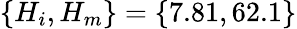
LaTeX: \left\lbrace H_{i},H_{m}\right\rbrace=\left\lbrace 7.81,62.1\right\rbrace